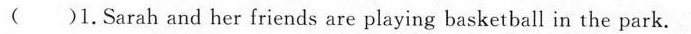
( )1.Sarah and her friends are playing basketball in the park.